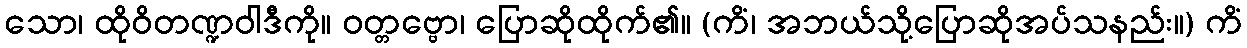
သော၊ ထိုဝိတဏ္ဍဝါဒီကို။ ဝတ္တဗ္ဗော၊ ပြောဆိုထိုက်၏။ (ကိံ၊ အဘယ်သို့ပြောဆိုအပ်သနည်း။) ကိံ